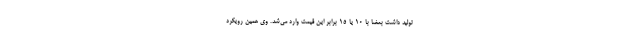
تولید داشت بعضا با ۱۰ یا ۱۵ برابر این قیمت وارد می‌شد. وی همین رویکرد